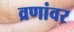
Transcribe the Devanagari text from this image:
व्रणांवर